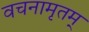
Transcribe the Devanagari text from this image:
वचनामृतम्